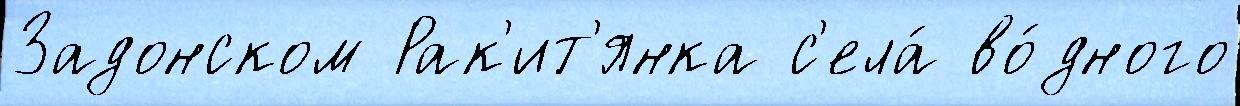
Задонском Рак'ит'янка с'ела́ во́дного